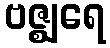
ဗဇ္ဈရေ